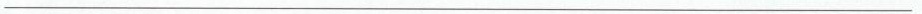
___